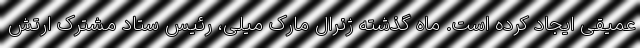
عمیقی ایجاد کرده است. ماه گذشته ژنرال مارک میلی، رئیس ستاد مشترک ارتش